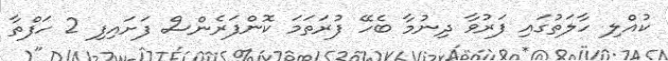
ކުއްލި ހާލަތުގައި ފަރުވާ ދިނުމާ ބެހޭ ފުރަތަމަ ކޮންފަރެންސް ފަށައިފި 2 ހަފްތާ